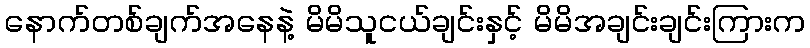
နောက်တစ်ချက်အနေနဲ့ မိမိသူငယ်ချင်းနှင့် မိမိအချင်းချင်းကြားက